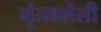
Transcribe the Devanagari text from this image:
गुंतवलेली